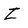
Character: Z